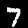
Digit: 7